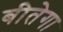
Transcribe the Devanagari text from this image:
बीतेगा